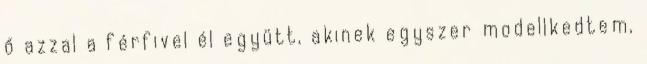
ő azzal a férfivel él együtt, akinek egyszer modellkedtem,